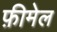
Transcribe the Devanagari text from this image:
फ़ीमेल